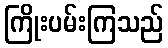
ကြိုးပမ်းကြသည်